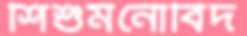
শিশুমনোবিদ